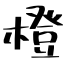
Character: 橙